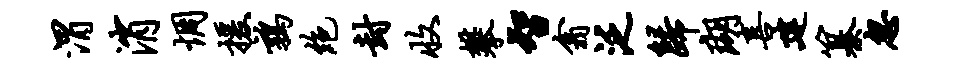
渭消惆援鹑绝封收攀智翕泛归瑚喜建纂忽